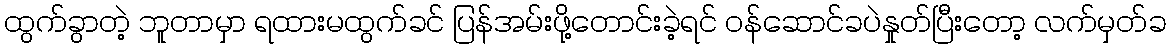
ထွက်ခွာတဲ့ ဘူတာမှာ ရထားမထွက်ခင် ပြန်အမ်းဖို့တောင်းခဲ့ရင် ဝန်ဆောင်ခပဲနှုတ်ပြီးတော့ လက်မှတ်ခ